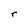
Character: r